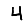
Digit: 4